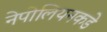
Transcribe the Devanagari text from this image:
नेपोलियनकडे